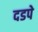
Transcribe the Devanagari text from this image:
दडपे